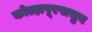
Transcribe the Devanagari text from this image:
कोल्हापूरपासुन